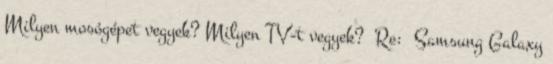
Milyen mosógépet vegyek? Milyen TV-t vegyek? Re: Samsung Galaxy